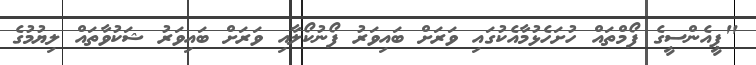
"ޕީއެންސީގެ ފޯމްތައް ހުށަހެޅުމާއެކުގައި ވަރަށް ބައިވަރު ފޯނުކޯލާއި ވަރަށް ބައިވަރު ޝަކުވާތައް ލިޔުމުގެ